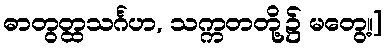
ဓာတွတ္ထသင်္ဂဟ, သက္ကတတို့၌ မတွေ့။]